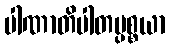
ပါဏာတိပါတပ္ပစ္စယာ